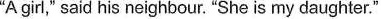
"A girl," said his neighbour."She is my daughter."